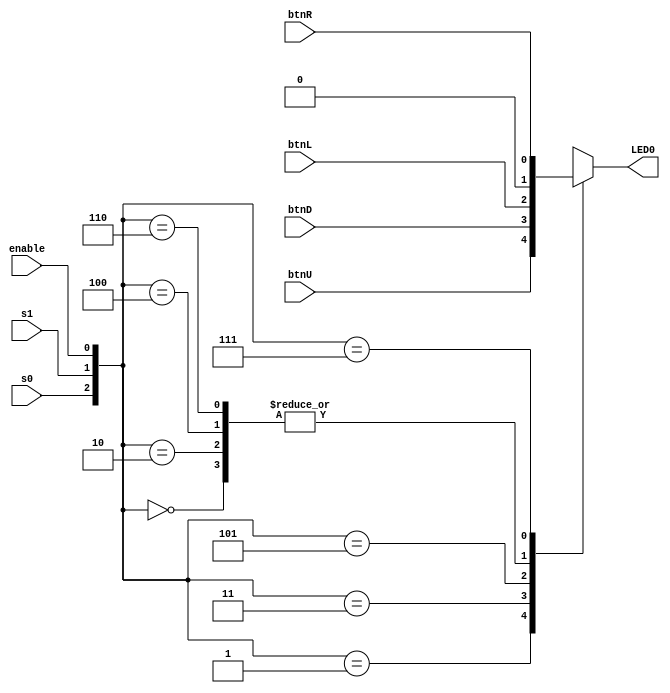
`timescale 1ns / 1ps

module mux_behavioral(
    input btnU,
    input btnD,
    input btnL,
    input btnR,
    input enable,
    input s0,
    input s1,
    output LED0
        );
    
    reg LED0_buf=0; //  4x1 Mux with Enable Bit
    assign LED0 = LED0_buf;       
    always @(*)             
    begin                   
        case({s0, s1, enable})        
        3'b000: LED0_buf=0;    
        3'b001: LED0_buf=btnU;
        3'b010: LED0_buf=0;
        3'b011: LED0_buf=btnD;
        3'b100: LED0_buf=0;
        3'b101: LED0_buf=btnL;
        3'b110: LED0_buf=0;
        3'b111: LED0_buf=btnR;
        default: LED0_buf = 0;
        endcase
    end 
    
endmodule